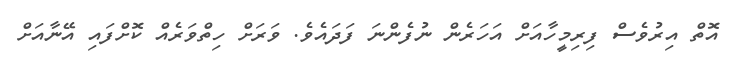
އޮތް އިރުވެސް ފިރިމީހާއަށް އަހަރެން ނުފެންނަ ފަދައެވެ. ވަރަށް ހިތްވަރެއް ކޮށްފައި އޭނާއަށް